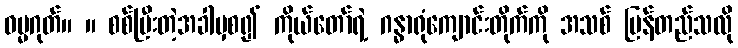
ဓမ္မဂုတ်။ ။ စစ်ပြီးတဲ့အခါမှစ၍ ကိုယ်တော်ရဲ့ ဂန္ဓာရုံကျောင်းတိုက်ကို အသစ် ပြန်တည်သလို